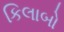
કિલાબો